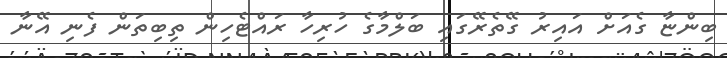
ބިންޏާ ގެއަށް އައިރު ގޭތެރޭގައި ބަލްމާގެ ހުރިހާ ރައްޓެހިން ތިބިތަން ފެނި އޭނާ